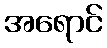
အရောင်